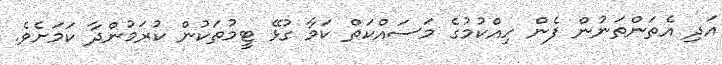
އަދި އެތަންތަނުން ފެން ހިއްކުމުގެ މަސައްކަތް ކަމާ ގުޅޭ ޓީމުތަކުން ކުރަމުންދާ ކަމަށެވެ.